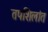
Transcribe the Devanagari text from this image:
तपशिलांत